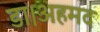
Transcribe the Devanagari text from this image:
डा।अहमद